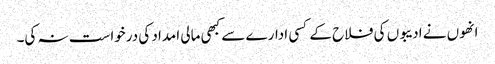
انھوں نے ادیبوں کی فلاح کے کسی ادارے سے کبھی مالی امداد کی درخواست نہ کی۔